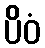
ပိဝံ